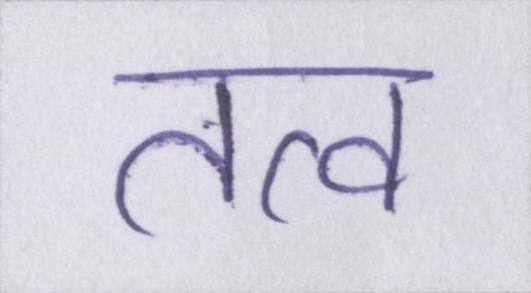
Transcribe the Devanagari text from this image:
तत्व